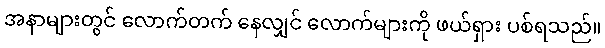
အနာများတွင် လောက်တက် နေလျှင် လောက်များကို ဖယ်ရှား ပစ်ရသည်။